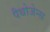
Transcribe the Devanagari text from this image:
पैथोजेन्स